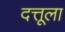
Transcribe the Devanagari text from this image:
दत्तूला